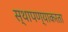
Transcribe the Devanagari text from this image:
स्थापण्याकरता